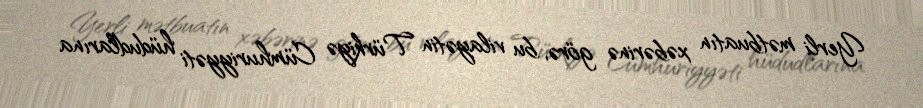
Yerli mətbuatın xəbərinə görə, bu vilayətin Türkiyə Cümhuriyyəti hüdudlarına